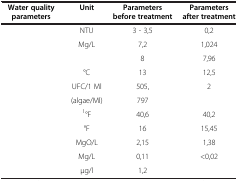
<table><thead><tr><td><b>Water quality parameters</b></td><td><b>Unit</b></td><td><b>Parameters before treatment</b></td><td><b>Parameters after treatment</b></td></tr></thead><tbody><tr><td>[EMPTY_CELL]</td><td>NTU</td><td>3 - 3,5</td><td>0,2</td></tr><tr><td>[EMPTY_CELL]</td><td>Mg/L</td><td>7,2</td><td>1,024</td></tr><tr><td>[EMPTY_CELL]</td><td>[EMPTY_CELL]</td><td>8</td><td>7,96</td></tr><tr><td>[EMPTY_CELL]</td><td>°C</td><td>13</td><td>12,5</td></tr><tr><td>[EMPTY_CELL]</td><td>UFC/1 Ml</td><td>505,</td><td>2</td></tr><tr><td>[EMPTY_CELL]</td><td>(algae/Ml)</td><td>797</td><td>[EMPTY_CELL]</td></tr><tr><td>[EMPTY_CELL]</td><td><sup>1</sup>°F</td><td>40,6</td><td>40,2</td></tr><tr><td>[EMPTY_CELL]</td><td>°F</td><td>16</td><td>15,45</td></tr><tr><td>[EMPTY_CELL]</td><td>MgO/L</td><td>2,15</td><td>1,38</td></tr><tr><td>[EMPTY_CELL]</td><td>Mg/L</td><td>0,11</td><td>&lt;0,02</td></tr><tr><td>[EMPTY_CELL]</td><td>μg/l</td><td>1,2</td><td>[EMPTY_CELL]</td></tr></tbody></table>